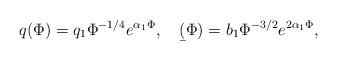
LaTeX: \begin{align*}q(\Phi)=q_1 \Phi^{-1/4}e^{\alpha_1 \Phi}, \ \ \ \b(\Phi)=b_1 \Phi^{-3/2}e^{2\alpha_1 \Phi},\end{align*}